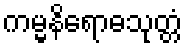
ကမ္မနိရောဓသုတ္တံ